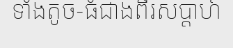
ទាំងតូច-ធំជាងពីរសប្តាហ៍